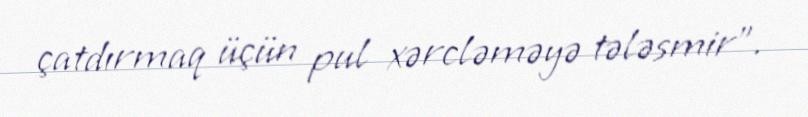
çatdırmaq üçün pul xərcləməyə tələsmir”.